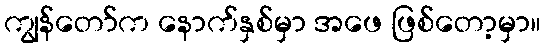
ကျွန်တော်က နောက်နှစ်မှာ အဖေ ဖြစ်တော့မှာ။